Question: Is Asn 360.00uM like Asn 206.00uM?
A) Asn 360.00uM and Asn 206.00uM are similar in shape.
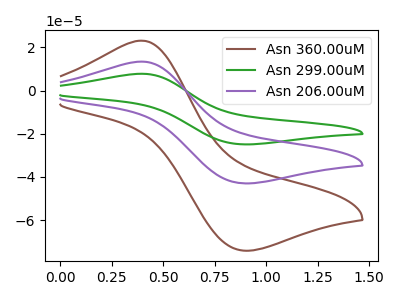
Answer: <think>The brown curve "Asn 360.00uM" has an anodic peak at (0.40V, 23.10uA) and a cathodic peak at (0.90V, -74.10uA). The green curve "Asn 299.00uM" has an anodic peak at (0.40V, 26.75uA) and a cathodic peak at (0.90V, -85.95uA). The purple curve "Asn 206.00uM" has an anodic peak at (0.40V, 13.40uA) and a cathodic peak at (0.90V, -42.95uA).
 All the peaks in "Asn 360.00uM" have a peak in "Asn 206.00uM" at the same potential. Every peak in "Asn 360.00uM" is higher than every peak in "Asn 206.00uM".</think>
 <answer>A) "Asn 360.00uM" and "Asn 206.00uM" are similar in shape.</answer>
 <eval>A</eval>